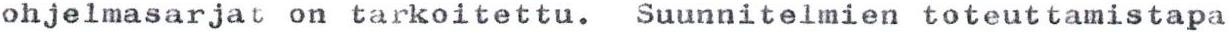
ohjelmasarjat on tarkoitettu. Suunnitelmien toteuttamistapa